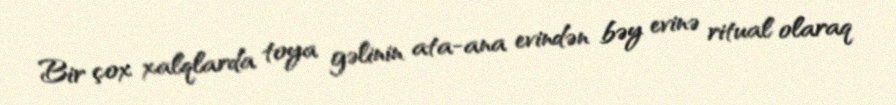
Bir çox xalqlarda toya gəlinin ata-ana evindən bəy evinə ritual olaraq